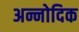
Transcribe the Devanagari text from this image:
अन्नोदिक